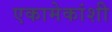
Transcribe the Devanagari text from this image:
एकामेकांशी